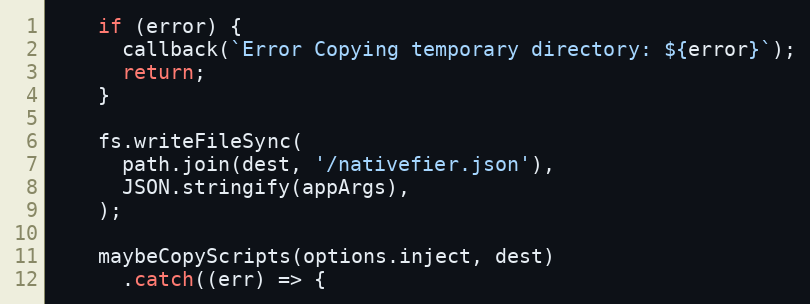
Language: JavaScript
    if (error) {
      callback(`Error Copying temporary directory: ${error}`);
      return;
    }

    fs.writeFileSync(
      path.join(dest, '/nativefier.json'),
      JSON.stringify(appArgs),
    );

    maybeCopyScripts(options.inject, dest)
      .catch((err) => {